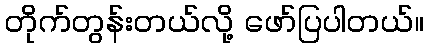
တိုက်တွန်းတယ်လို့ ဖော်ပြပါတယ်။